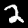
Label: 2